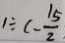
1 \div ( - \frac { 1 5 } { 2 }